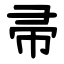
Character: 帚